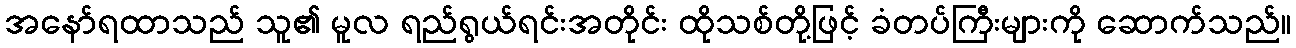
အနော်ရထာသည် သူ၏ မူလ ရည်ရွယ်ရင်းအတိုင်း ထိုသစ်တို့ဖြင့် ခံတပ်ကြီးများကို ဆောက်သည်။